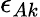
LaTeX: \epsilon_{Ak}